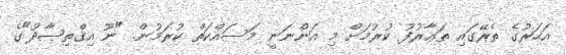
އަހަރުގެ ތެރޭގައި ތަޢާރުފު ކުރުމަށް މި އަންނަނީ މަސައްކަތް ކުރަމުން. "ނޫ އިޤްތިޞާދު"ގެ